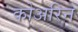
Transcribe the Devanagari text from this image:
कोअरिन